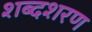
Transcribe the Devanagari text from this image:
शब्दशरण